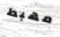
مهبط